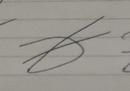
Signature authenticity: forged